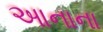
આનાના